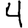
Digit: 4